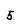
Character: 5